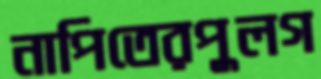
নাপিতেরপুলগ